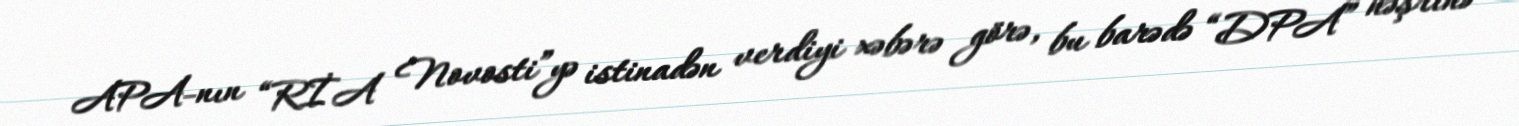
APA-nın “RİA Novosti”yə istinadən verdiyi xəbərə görə, bu barədə “DPA” nəşrinə